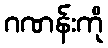
ဂဏန်းကို